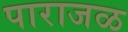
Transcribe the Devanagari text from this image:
पाराजळ